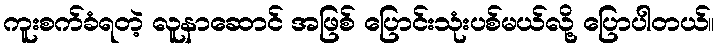
ကူးစက်ခံရတဲ့ လူနာဆောင် အဖြစ် ပြောင်းသုံးပစ်မယ်လို့ ပြောပါတယ်။